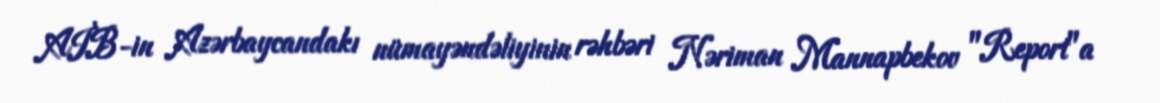
AİB-in Azərbaycandakı nümayəndəliyinin rəhbəri Nəriman Mannapbekov "Report"a